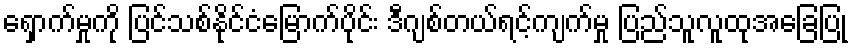
ရှောက်မှုကို ပြင်သစ်နိုင်ငံမြောက်ပိုင်း ဒီဂျစ်တယ်ရင့်ကျက်မှု ပြည်သူလူထုအခြေပြု